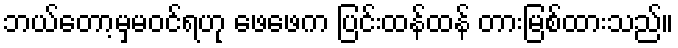
ဘယ်တော့မှမဝင်ရဟု ဖေဖေက ပြင်းထန်ထန် တားမြစ်ထားသည်။